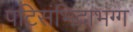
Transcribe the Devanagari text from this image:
पटिसंभिदाभग्ग